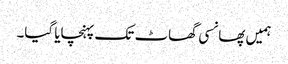
ہمیں پھانسی گھاٹ تک پہنچایا گیا۔